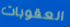
العقوبات